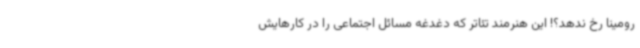
رومینا رخ ندهد؟! این هنرمند تئاتر که دغدغه مسائل اجتماعی را در کارهایش